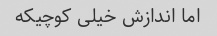
اما اندازش خیلی کوچیکه